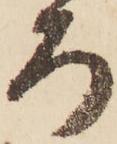
ろ